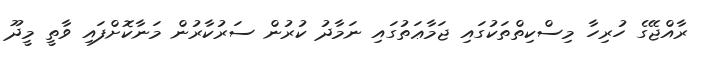
ރާއްޖޭގެ ހުރިހާ މިސްކިތްތަކުގައި ޖަމާޢަތުގައި ނަމާދު ކުރުން ސަރުކާރުން މަނާކޮށްފައި ވާތީ މީދޫ